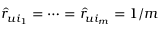
\hat { r } _ { u i _ { 1 } } = \dots = \hat { r } _ { u i _ { m } } = 1 / m